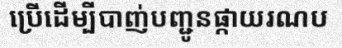
ប្រើដើម្បីបាញ់បញ្ជូនផ្កាយរណប